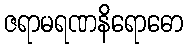
ဇရာမရဏနိရောဓော